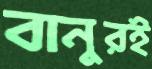
বানুরই